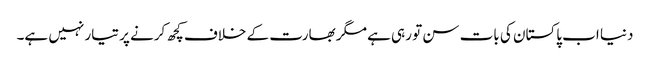
دنیا اب پاکستان کی بات سن تو رہی ہے مگر بھارت کے خلاف کچھ کرنے پر تیار نہیں ہے۔